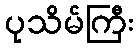
ပုသိမ်ကြီး